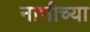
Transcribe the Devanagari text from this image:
नाभीच्या